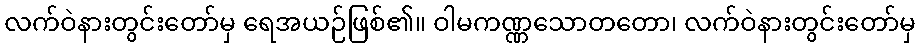
လက်ဝဲနားတွင်းတော်မှ ရေအယဉ်ဖြစ်၏။ ဝါမကဏ္ဏသောတတော၊ လက်ဝဲနားတွင်းတော်မှ